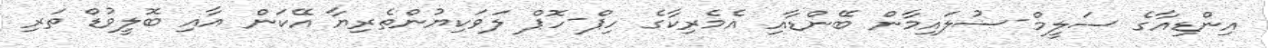
އިންޑިއާގެ ސަލީމް-ސުލައިމާން ބޭންޑާއި އެމެރިކާގެ ހިޕް-ހޮޕް ލަވަކިޔުންތެރިޔާ އޭކަން އާއި ބޮލީވުޑް ތަރި